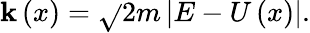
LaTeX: \mathbf{k}\left(x\right)=\sqrt{}{{2m\left|E-U\left(x\right)\right|}}.